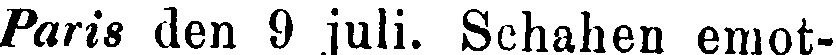
Paris den 9 juli. Schahen emot-